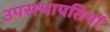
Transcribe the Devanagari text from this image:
उपसभापतियॉ